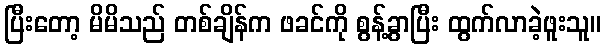
ပြီးတော့ မိမိသည် တစ်ချိန်က ဖခင်ကို စွန့်ခွာပြီး ထွက်လာခဲ့ဖူးသူ။